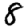
Digit: 8